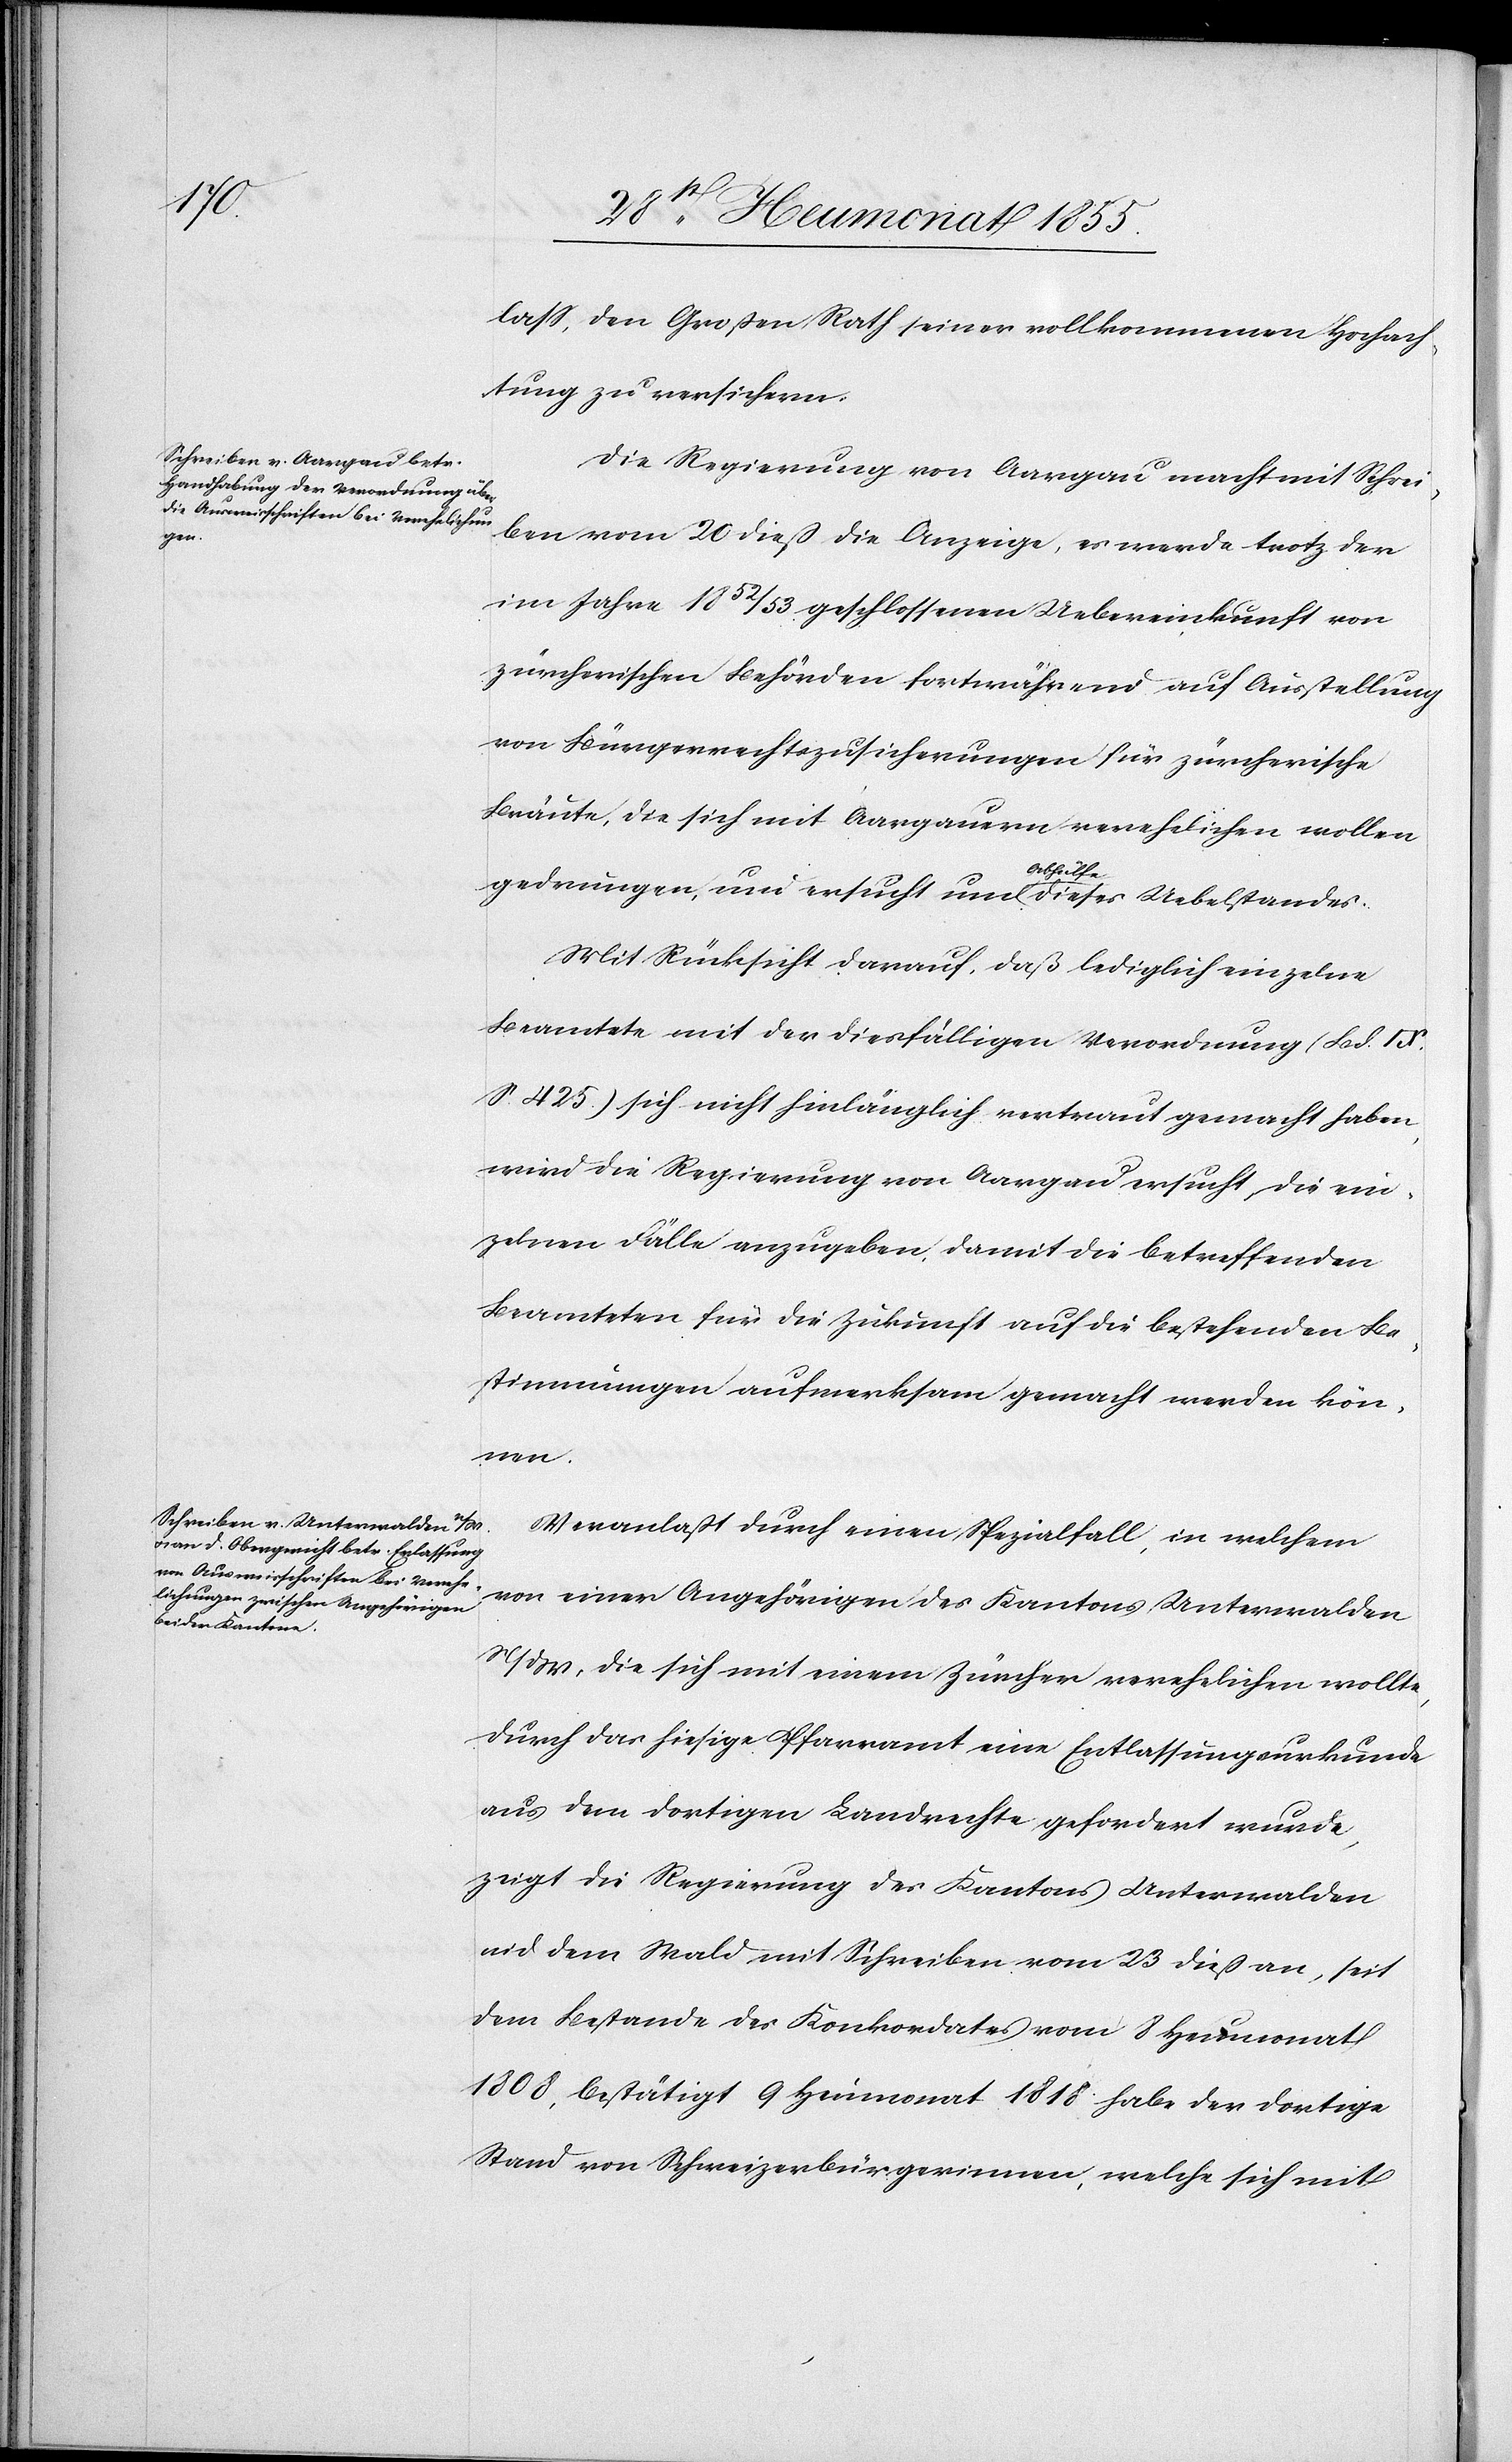
lass, den Großen Rath seiner vollkommenen Hochach¬
tung zu versichern.
Die Regierung von Aargau macht mit Schrei¬
ben vom 20 dieß die Anzeige, es werde trotz der
im Jahre 1852 / 53 geschlossenen Uebereinkunft von
zürcherischen Behörden fortwährend auf Ausstellung
von Bürgerrechtszusicherungen für zürcherische
Bräute, die sich mit Aargauern verehelichen wollen
gedrungen, und ersucht um Abhülfe dieses Uebelstandes.
Mit Rücksicht darauf, daß lediglich einzelne
Beamtete mit der diesfälligen Verordnung (Bd. IX.
S. 425.) sich nicht hinlänglich vertraut gemacht haben,
wird die Regierung von Aargau ersucht, die ein¬
zelnen Fälle anzugeben, damit die betreffenden
Beamteten für die Zukunft auf die bestehenden Be¬
stimmungen aufmerksam gemacht werden kön¬
nen.
Veranlaßt durch einen Spezialfall, in welchem
von einer Angehörigen des Kantons Unterwalden
N/dW, die sich mit einem Zürcher verehelichen wollte,
durch das hiesige Pfarramt eine Entlassungsurkunde
aus dem dortigen Landrechte gefordert wurde,
zeigt die Regierung des Kantons Unterwalden
nid dem Wald mit Schreiben vom 23 dieß an, seit
dem Bestande des Konkordates vom 8 Heumonat
1808, bestätigt 9 Heumonat 1818 habe der dortige
Stand von Schweizerbürgerinnen, welche sich mit